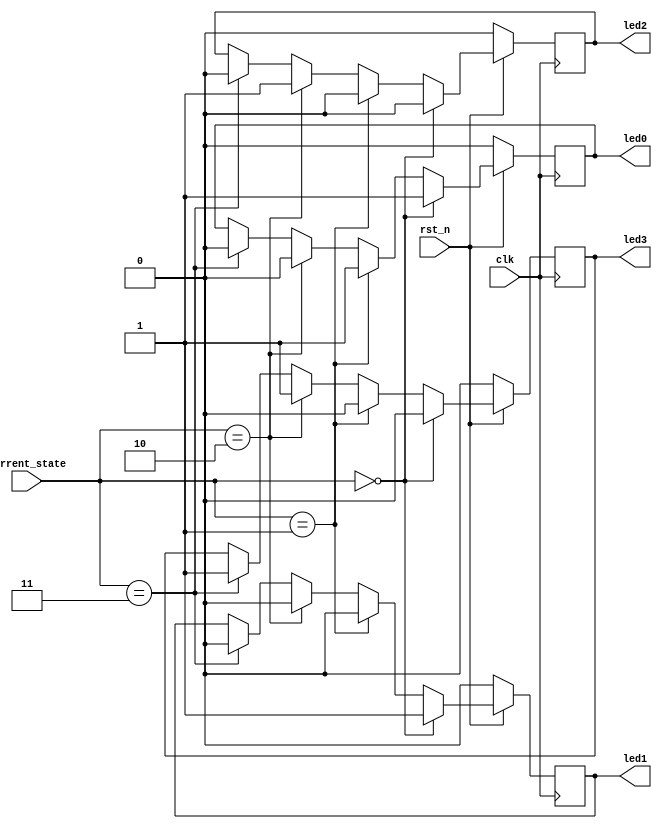
`timescale 1ns / 1ps
//////////////////////////////////////////////////////////////////////////////////



module led(
input rst_n,
input clk,
input [1:0] current_state,
output reg led0,
output reg led1,
output reg led2,
output reg led3
);
localparam up_wait = 2'b00;
localparam up_run = 2'b01;
localparam down_wait = 2'b10;
localparam down_run = 2'b11;

always@(posedge clk )begin
    if(!rst_n)begin
        led0<=1'b0;
        led1<=1'b0;
        led2<=1'b0;
        led3<=1'b0;
    end
    else if(current_state==up_wait)begin
        led0<=1'b1;
        led1<=1'b1;
        led2<=1'b0;
        led3<=1'b0;
    end 
    else if(current_state==up_run) begin
        led0<=1'b1;
        led1<=1'b0;
        led2<=1'b0;
        led3<=1'b0;
    end
    else if(current_state==down_wait) begin
        led0<=1'b0;
        led1<=1'b0;
        led2<=1'b1;
        led3<=1'b1;
    end
    else if(current_state==down_run) begin
        led0<=1'b0;
        led1<=1'b0;
        led2<=1'b0;
        led3<=1'b1;
    end
end

 
endmodule